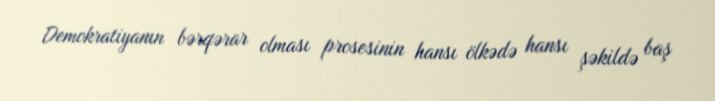
Demokratiyanın bərqərar olması prosesinin hansı ölkədə hansı şəkildə baş